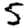
Digit: 5